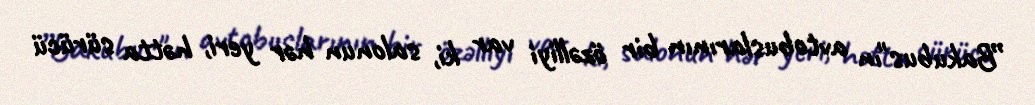
”Bakubus"ın avtobuslarının bir özəlliyi var ki, salonun hər yeri, hətta sürücü